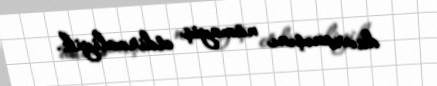
davranışını nümayiş etdirməliyik.